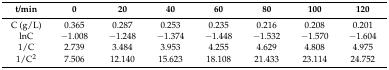
| t/min | 0 | 20 | 40 | 60 | 80 | 100 | 120 |
 | --- | --- | --- | --- | --- | --- | --- | --- |
 | C (g/L) | 0.365 | 0.287 | 0.253 | 0.235 | 0.216 | 0.208 | 0.201 |
 | lnC | −1.008 | −1.248 | −1.374 | −1.448 | −1.532 | −1.570 | −1.604 |
 | 1/C | 2.739 | 3.484 | 3.953 | 4.255 | 4.629 | 4.808 | 4.975 |
 | 1/C2 | 7.506 | 12.140 | 15.623 | 18.108 | 21.433 | 23.114 | 24.752 |